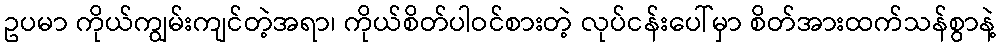
ဥပမာ ကိုယ်ကျွမ်းကျင်တဲ့အရာ၊ ကိုယ်စိတ်ပါဝင်စားတဲ့ လုပ်ငန်းပေါ်မှာ စိတ်အားထက်သန်စွာနဲ့